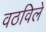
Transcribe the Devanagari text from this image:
वठविले